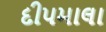
દીપમાલા